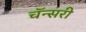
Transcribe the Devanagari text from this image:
चॅन्सरी